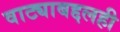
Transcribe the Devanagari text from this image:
वाट्याबद्दलही